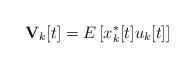
LaTeX: \begin{align*} \mathbf{V}_{k}[t] = E \left[x_{k}^{*}[t] u_{k}[t]\right]\end{align*}